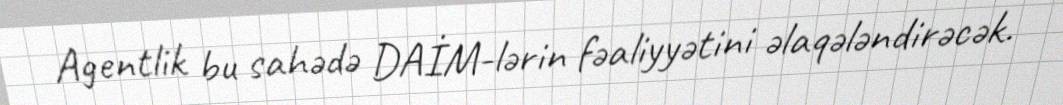
Agentlik bu sahədə DAİM-lərin fəaliyyətini əlaqələndirəcək.